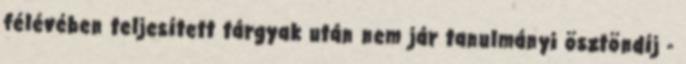
félévében teljesített tárgyak után nem jár tanulmányi ösztöndíj -